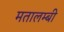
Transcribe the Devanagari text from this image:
मतालम्बी